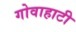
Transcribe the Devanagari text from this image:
गोवाहाटी